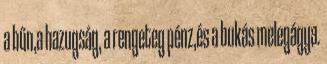
a bűn,a hazugság, a rengeteg pénz,és a bukás melegágya.